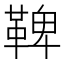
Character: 鞞